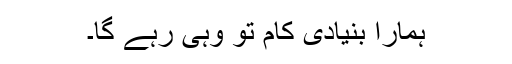
ہمارا بنیادی کام تو وہی رہے گا۔